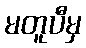
မတူပီမှ